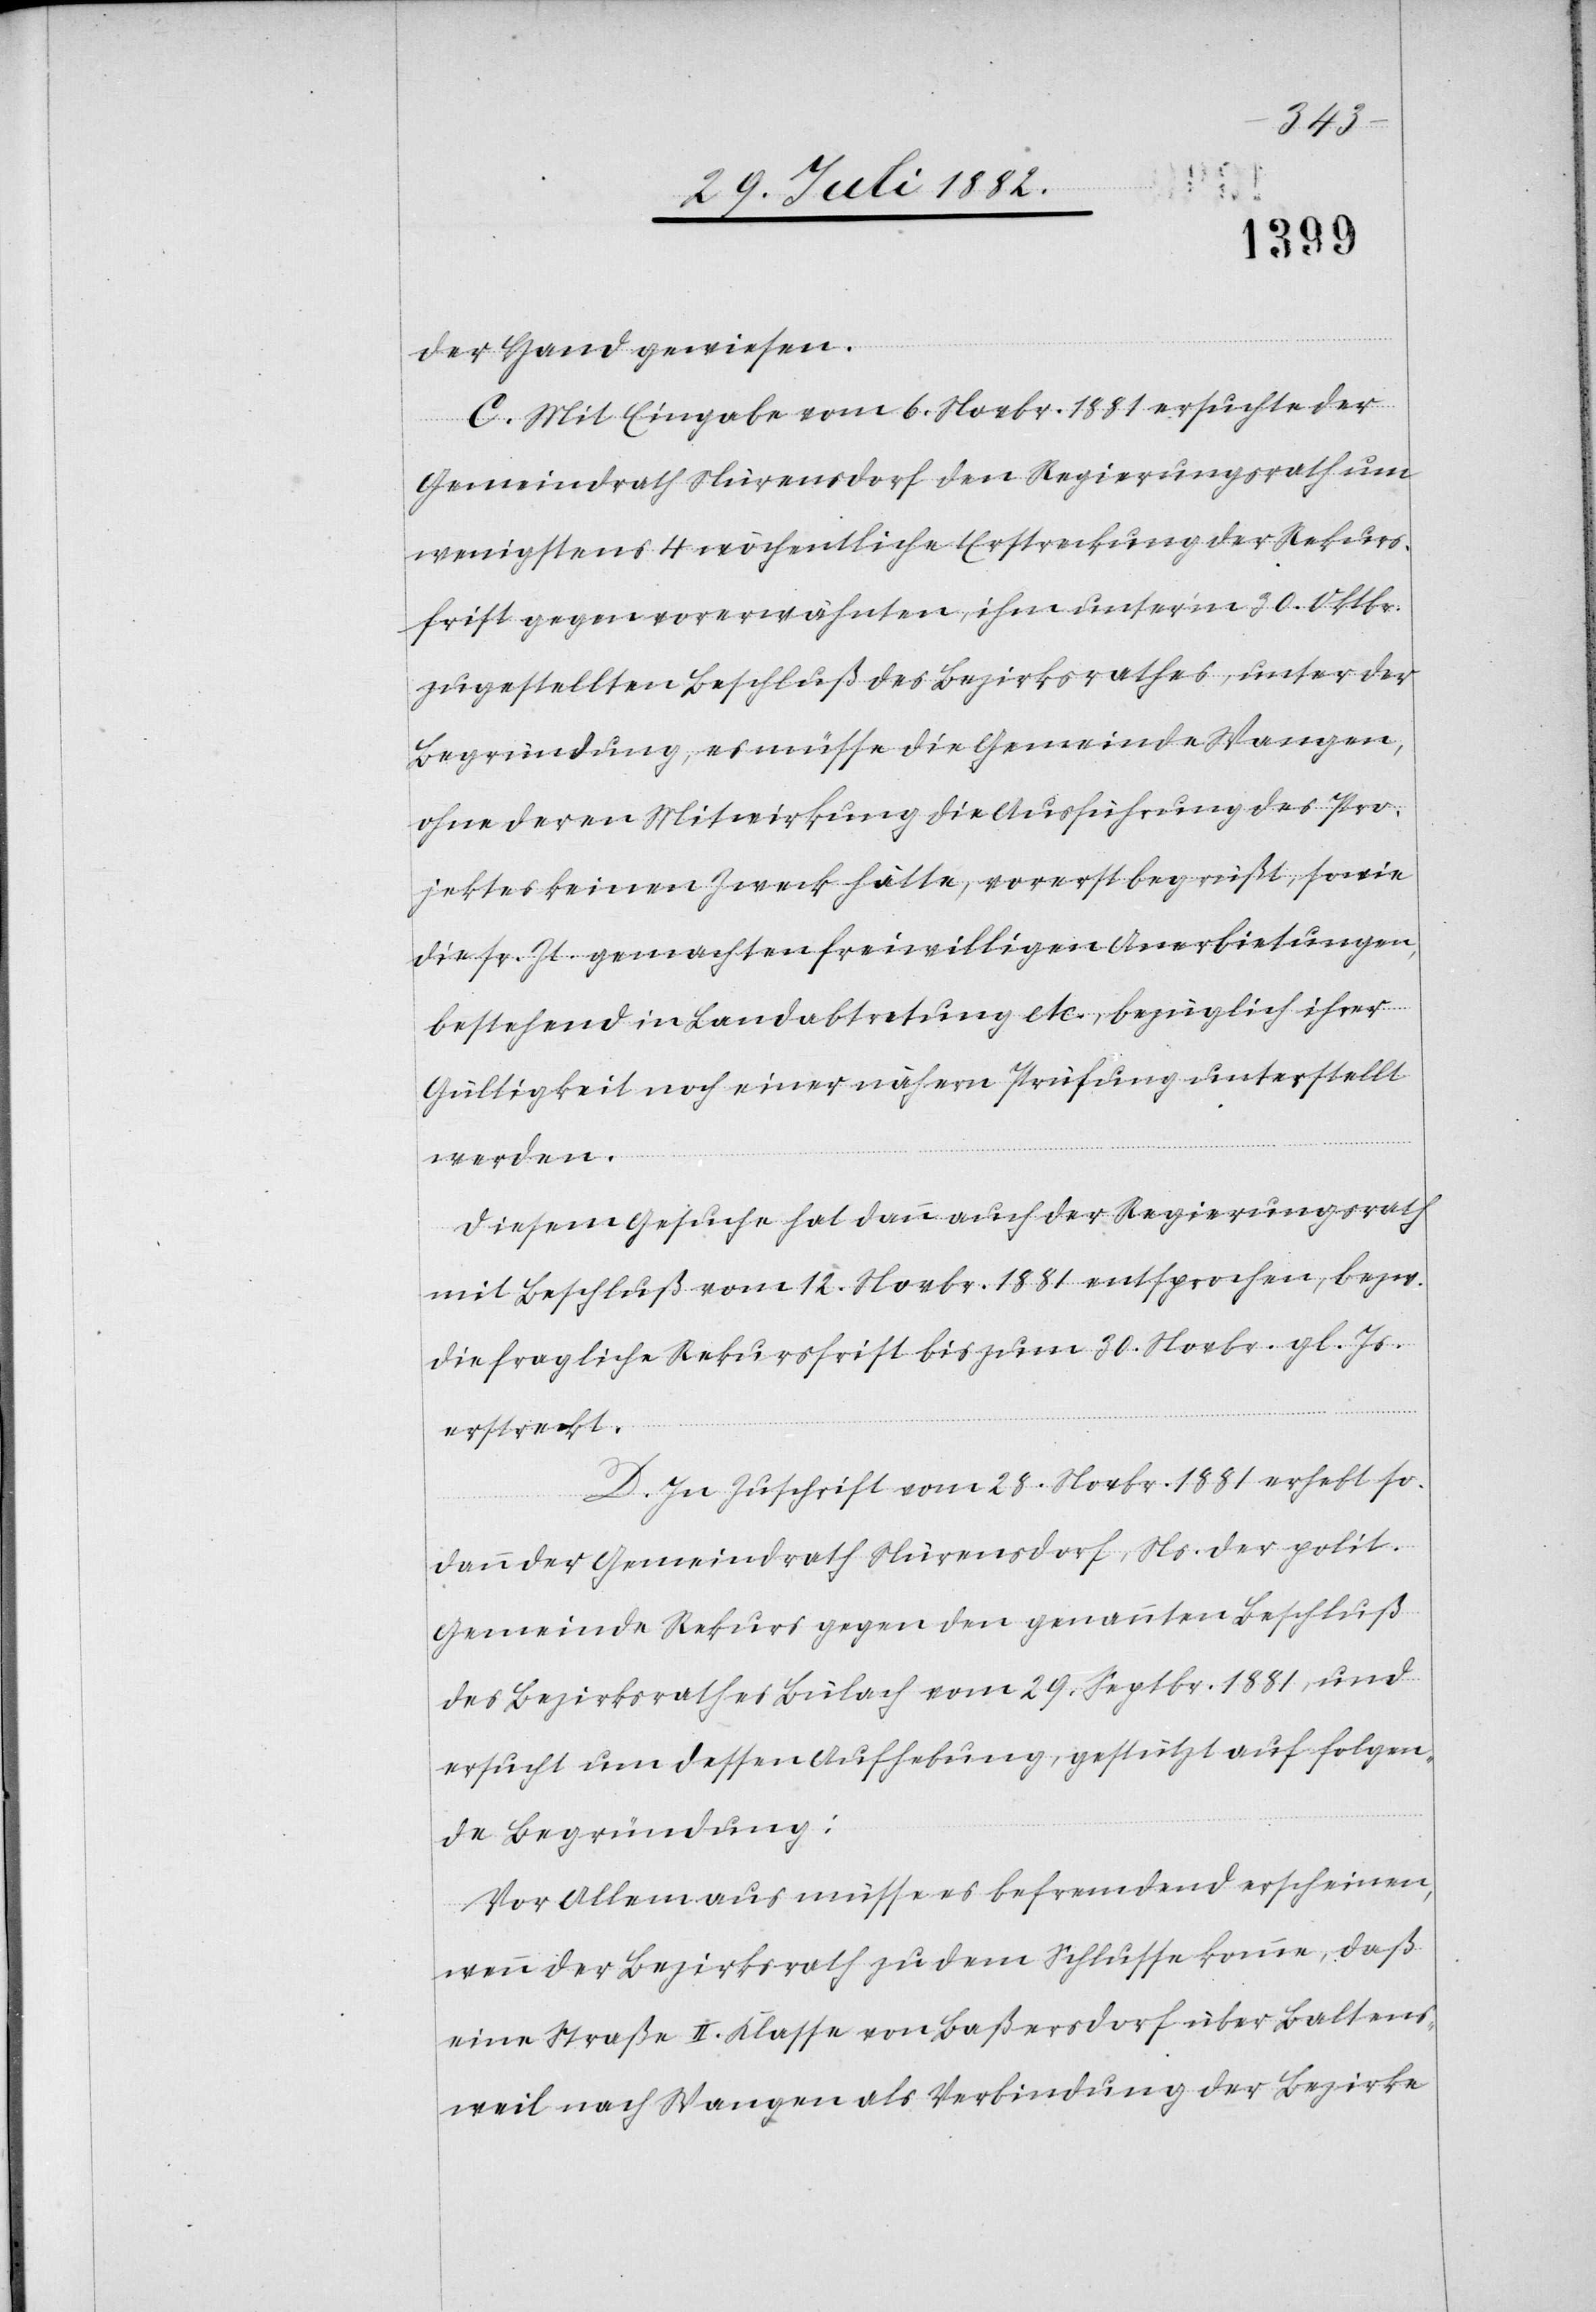
der Hand gewiesen.
C. Mit Eingabe vom 6. Novbr. 1881 ersuchte der
Gemeindrath Nürensdorf den Regierungsrath um
wenigstens 4 wöchentliche Erstreckung der Rekurs¬
frist gegen vorerwähnten, ihm unter’m 30. Oktbr.
zugestellten Beschluß des Bezirksrathes, unter der
Begründung, es müsse die Gemeinde Wangen,
ohne deren Mitwirkung die Ausführung des Pro¬
jektes keinen Zweck hätte, vorerst begrüßt, sowie
die sr. Zt. gemachten freiwilligen Anerbietungen,
bestehend in Landabtretung etc., bezüglich ihrer
werden.
Diesem Gesuche hat dann auch der Regierungsrath
mit Beschluß vom 12. Novbr. 1881 entsprochen, bezw.
die fragliche Rekursfrist bis zum 30. Novbr. gl. Js.
erstreckt.
D. In Zuschrift vom 28. Novbr. 1881 erhebt so¬
dann der Gemeindrath Nürensdorf, Ns. der polit.
Gemeinde Rekurs gegen den genannten Beschluß
des Bezirksrathes Bülach vom 29. Septbr. 1881, und
ersucht um dessen Aufhebung, gestützt auf folgen¬
de Begründung:
Vor Allem aus müsse es befremdend erscheinen,
wenn der Bezirksrath zu dem Schlusse komme, daß
eine Straße II. Klasse von Baßersdorf über Baltens¬
weil nach Wangen als Verbindung der Bezirke